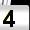
Digit: 4